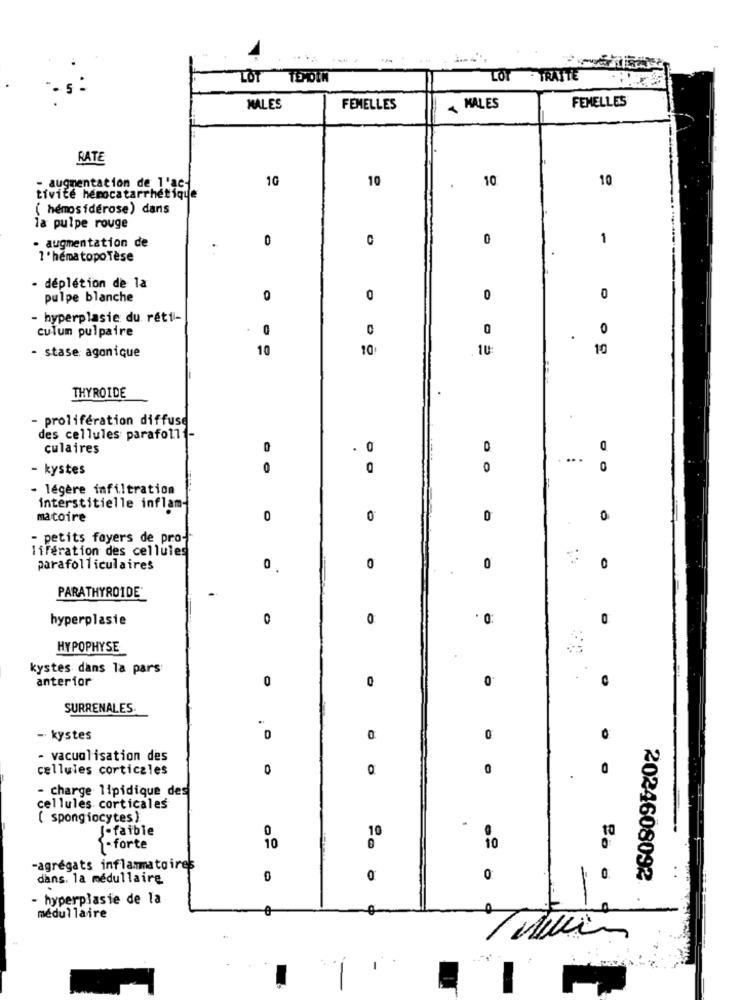
LOT
TEMOIN
LOT - TRATTE
MALES
FEMELLES
MALES
FEMELLES
RATE
1G
10
10
10
- augmentation de l'ac-
tivite herocatarrhetique
( hemosiderose) dans
la pulpe rouge
· augmentation de
0
0
1
1 . hematopoTèse
- déplétion de la
pulpe blanche
0
0
0
0
- hyperplasie du réti-
culum pulpaire
0
0
0
10
10
10
- stase agonique
THYROIDE
- prolifération diffuse
des cellules parafoll1-
culaires
0
.
0
O
- kystes
0
0
0
- légère infiltration
interstitielle inflam-
matoire
0
0
0
0
- petits foyers de pro-
lifération des cellules
parafolliculaires
0
0
0
0
PARATHYROIDE'
hyperplasie
0
0
0
HYPOPHYSE
kystes dans la pars
anterior
0
0
0
SURRENALES.
-· kystes
0
0
- vacualisation des
cellules corticales
0
0
- charge lipidique des
cellules corticales
( spongiocytes)
J.faible
0
10
-forte
10
10
-agrégats inflammatoires
dans. la médullaire
0
=
2024608092
- hyperplasie de la
médullaire